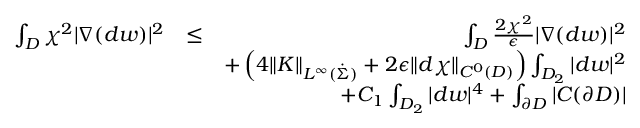
\begin{array} { r l r } { \int _ { D } \chi ^ { 2 } | \nabla ( d w ) | ^ { 2 } } & { \leq } & { \int _ { D } \frac { 2 \chi ^ { 2 } } { \epsilon } | \nabla ( d w ) | ^ { 2 } } \\ & { } & { + \left( 4 \| K \| _ { L ^ { \infty } ( \dot { \Sigma } ) } + 2 \epsilon \| d \chi \| _ { C ^ { 0 } ( D ) } \right) \int _ { D _ { 2 } } | d w | ^ { 2 } } \\ & { } & { + C _ { 1 } \int _ { D _ { 2 } } | d w | ^ { 4 } + \int _ { \partial D } | C ( \partial D ) | } \end{array}